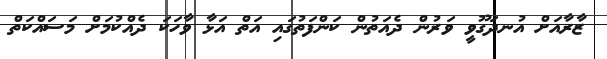
ޒާރާއަށް އުނދަގޫވީ ވަރުން ދެއަތުން ކަންފަތުގައި އަތް އަޅާ ވާހަކަ ދެއްކުމަށް މަސައްކަތް